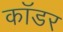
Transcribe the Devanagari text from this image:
कॉडर